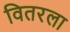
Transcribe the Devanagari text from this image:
वितरला